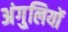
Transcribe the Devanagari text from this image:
अंगु्लियों